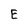
Character: E